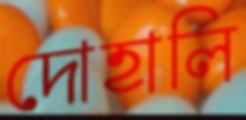
দোহালি